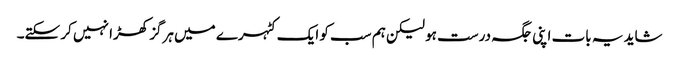
شاید یہ بات اپنی جگہ درست ہو لیکن ہم سب کو ایک کٹہرے میں ہرگز کھڑا نہیں کر سکتے۔